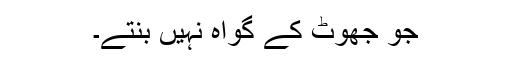
جو جھوٹ کے گواہ نہیں بنتے۔